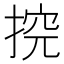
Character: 𱠏